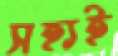
সহ্যই